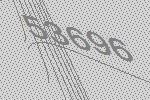
53696